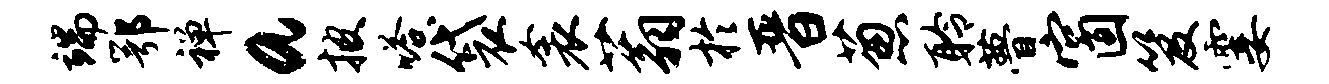
端鄂禅a披嗒袋衾蓊於晋葱聆瞢窗笈霎